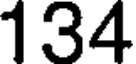
134